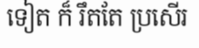
ទៀត ក៏ រឹតតែ ប្រសើរ